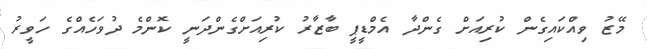
މޭޒު ވިއްކައިގެން ކުރިއަށް ގެންދާ އެމްޑީޕީ ބާޒާރު ކުރިއަށްގެންދަނީ ކޮންމެ ދުވަހެއްގެ ހަވީރު